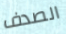
الصدف